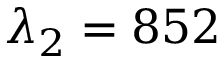
\lambda _ { 2 } = 8 5 2